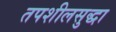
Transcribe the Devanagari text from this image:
तपशीलसुद्धा